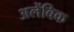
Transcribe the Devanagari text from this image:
अलेंबिक